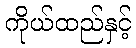
ကိုယ်ထည်နှင့်